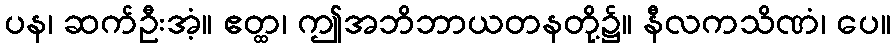
ပန၊ ဆက်ဦးအံ့။ ဧတ္ထ၊ ဤအဘိဘာယတနတို့၌။ နီလကသိဏံ၊ ပေ။